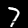
Label: 7